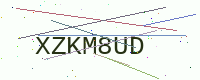
Text: XZKM8UD